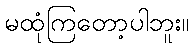
မထုံကြတော့ပါဘူး။